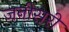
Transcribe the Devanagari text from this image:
जनीसरी